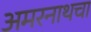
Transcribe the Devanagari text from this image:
अमरनाथचा